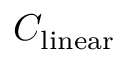
C _ { \mathrm { l i n e a r } }